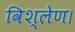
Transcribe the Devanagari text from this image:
विश्लेण।